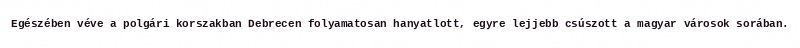
Egészében véve a polgári korszakban Debrecen folyamatosan hanyatlott, egyre lejjebb csúszott a magyar városok sorában.